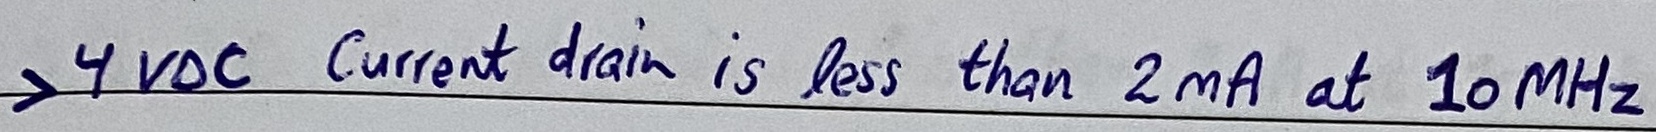
Text: >4VDC Current drain is less than 2mA at 10MHz